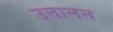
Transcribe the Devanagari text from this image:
उत्तानन